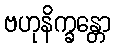
ဗဟုနိက္ခန္တော